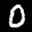
Label: 0